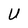
Character: U